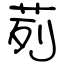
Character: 茢